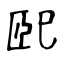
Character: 巸